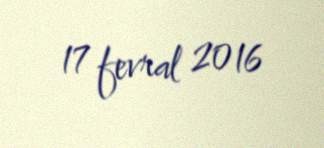
17 fevral 2016